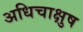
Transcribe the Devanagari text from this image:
अधिचाक्षुष